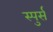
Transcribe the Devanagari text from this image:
स्पुर्स